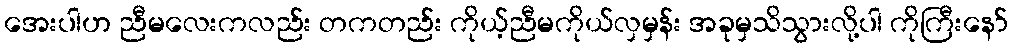
အေးပါဟ ညီမလေးကလည်း တကတည်း ကိုယ့်ညီမကိုယ်လှမှန်း အခုမှသိသွားလို့ပါ ကိုကြီးနော်